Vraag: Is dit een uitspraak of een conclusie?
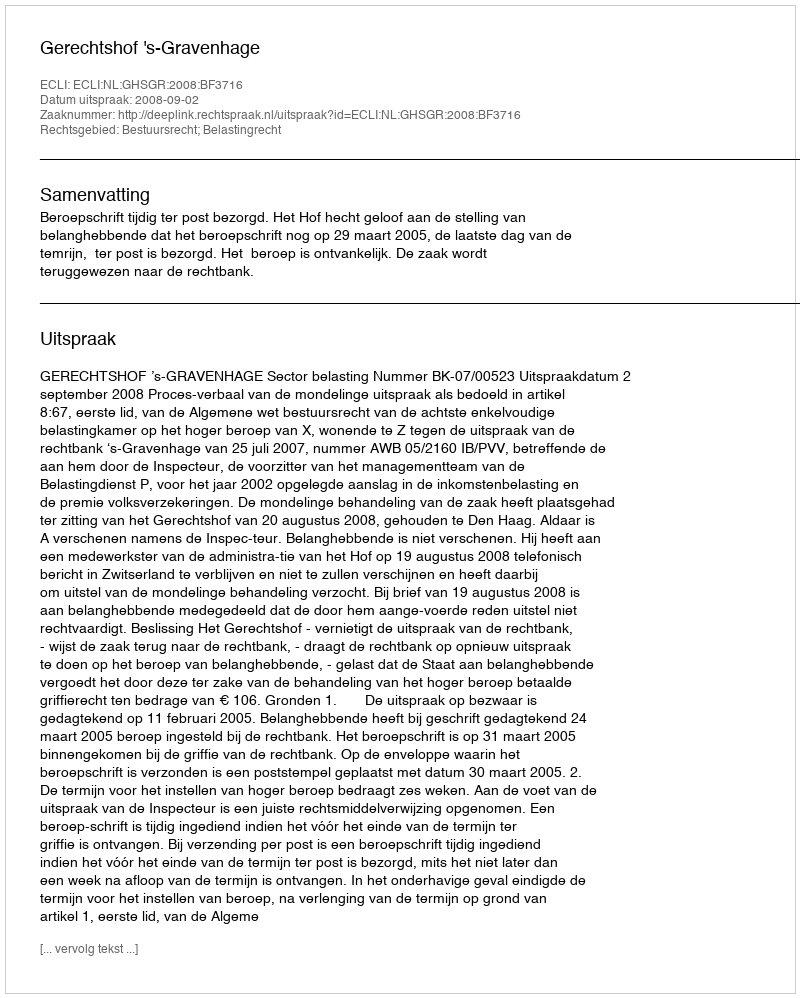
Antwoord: Uitspraak